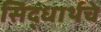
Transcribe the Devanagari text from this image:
सिद्धार्थचे